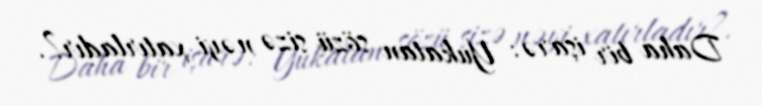
Daha bir işarə: Yukatan sözü sizə nəyi xatırladır?.